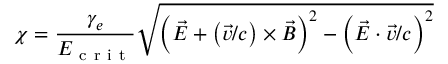
\chi = \frac { \gamma _ { e } } { E _ { \mathrm { ~ c ~ r ~ i ~ t ~ } } } \sqrt { \left( \vec { E } + \left( \vec { v } / c \right) \times \vec { B } \right) ^ { 2 } - \left( \vec { E } \cdot \vec { v } / c \right) ^ { 2 } }